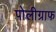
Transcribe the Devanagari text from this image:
पोलीग्राफ